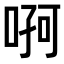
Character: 𠶄